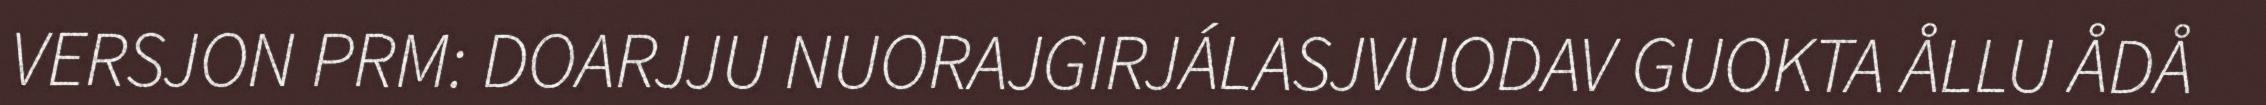
VERSJON PRM: DOARJJU NUORAJGIRJÁLASJVUODAV GUOKTA ÅLLU ÅDÅ